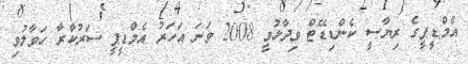
އެމްޑީޕީގެ ރިޔާސީ ކެންޑިޑޭޓް ވިދާޅުވީ 2008 ވަނަ އަހަރު އެމްޑީޕީ ސަރުކާރާ ހަވާލުވި